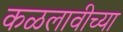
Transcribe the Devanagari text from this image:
कळलावीच्या